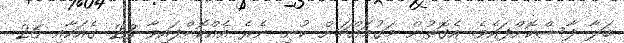
ބަލާ ފާސްކޮށްފައެވެ. އެގޮތުން މަގުމައްޗަށް ކުނި ނެރެ އެއްކޮށްފައިވާ 23 ގެއަކާއި 26